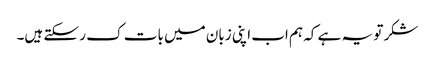
شکر تو یہ ہے کہ ہم اب اپنی زبان میں بات ک ر سکتے ہیں۔